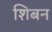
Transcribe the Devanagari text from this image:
शिबन